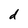
Character: d